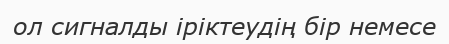
ол сигналды іріктеудің бір немесе